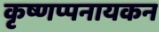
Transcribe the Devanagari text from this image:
कृष्णप्पनायकन